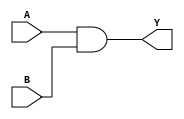
module comb_logic (
    input wire A,
    input wire B,
    output reg Y
);

assign Y = A & B; // Example of continuous assignment statement representing AND gate

endmodule